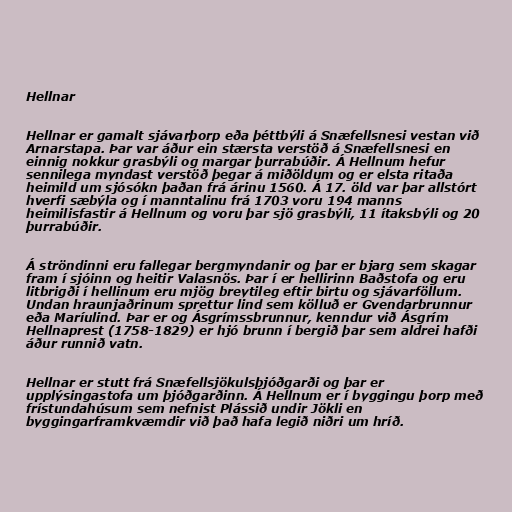
Hellnar

Hellnar er gamalt sjávarþorp eða þéttbýli á Snæfellsnesi vestan við
Arnarstapa. Þar var áður ein stærsta verstöð á Snæfellsnesi en
einnig nokkur grasbýli og margar þurrabúðir. Á Hellnum hefur
sennilega myndast verstöð þegar á miðöldum og er elsta ritaða
heimild um sjósókn þaðan frá árinu 1560. Á 17. öld var þar allstórt
hverfi sæbýla og í manntalinu frá 1703 voru 194 manns
heimilisfastir á Hellnum og voru þar sjö grasbýli, 11 ítaksbýli og 20
þurrabúðir.

Á ströndinni eru fallegar bergmyndanir og þar er bjarg sem skagar
fram í sjóinn og heitir Valasnös. Þar í er hellirinn Baðstofa og eru
litbrigði í hellinum eru mjög breytileg eftir birtu og sjávarföllum.
Undan hraunjaðrinum sprettur lind sem kölluð er Gvendarbrunnur
eða Maríulind. Þar er og Ásgrímssbrunnur, kenndur við Ásgrím
Hellnaprest (1758-1829) er hjó brunn í bergið þar sem aldrei hafði
áður runnið vatn.

Hellnar er stutt frá Snæfellsjökulsþjóðgarði og þar er
upplýsingastofa um þjóðgarðinn. Á Hellnum er í byggingu þorp með
frístundahúsum sem nefnist Plássið undir Jökli en
byggingarframkvæmdir við það hafa legið niðri um hríð.